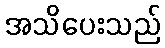
အသိပေးသည်